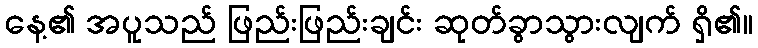
နေ့၏ အပူသည် ဖြည်းဖြည်းချင်း ဆုတ်ခွာသွားလျက် ရှိ၏။